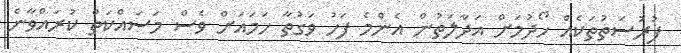
ފުރުސަތުތަކެއް ހޯދުމަށް އަދާލަތުން އެންމެ ފަހު ވަގުތާ ހަމައަށް ވެސް މަސައްކަތް ކުރައްވާނެ